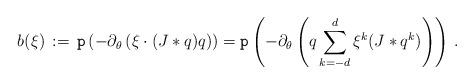
LaTeX: \begin{align*}b( \xi)\,:=\, \mathtt{p} \left( -\partial_{ \theta} \left(\xi\cdot (J\ast q) q\right)\right)= \mathtt{p} \left( -\partial_{ \theta} \left(q\sum_{ k=-d}^{ d}\xi^{ k} (J\ast q^{ k})\right)\right)\, .\end{align*}